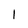
Character: l